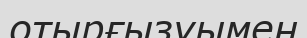
отырғызуымен